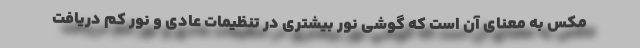
مکس به معنای آن است که گوشی نور بیشتری در تنظیمات عادی و نور کم دریافت